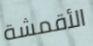
الأقمشة